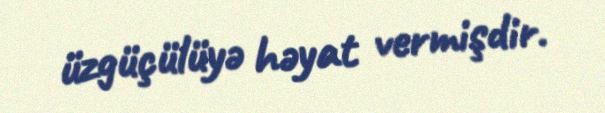
üzgüçülüyə həyat vermişdir.